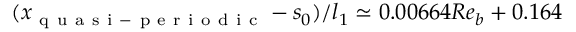
( x _ { \mathrm { ~ q ~ u ~ a ~ s ~ i ~ - ~ p ~ e ~ r ~ i ~ o ~ d ~ i ~ c ~ } } - s _ { 0 } ) / l _ { 1 } \simeq 0 . 0 0 6 6 4 R e _ { b } + 0 . 1 6 4